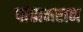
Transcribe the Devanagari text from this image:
पांडामरान